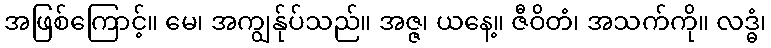
အဖြစ်ကြောင့်။ မေ၊ အကျွန်ုပ်သည်။ အဇ္ဇ၊ ယနေ့။ ဇီဝိတံ၊ အသက်ကို။ လဒ္ဓံ၊